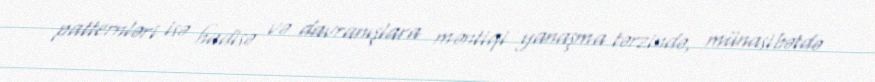
patternləri isə hadisə və davranışlara məntiqi yanaşma tərzində, münasibətdə